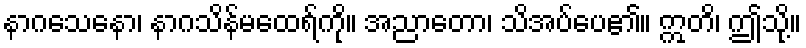
နာဂသေနော၊ နာဂသိန်မထေရ်ကို။ အညာတော၊ သိအပ်ပေ၏။ ဣတိ၊ ဤသို့။